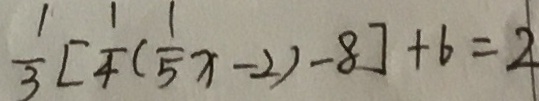
\frac { 1 } { 3 } [ \frac { 1 } { 4 } ( \frac { 1 } { 5 } x - 2 ) - 8 ] + 6 = 2